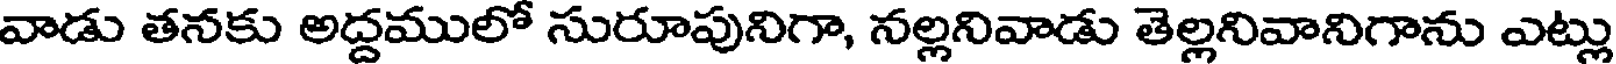
వాడు తనకు అద్దములో సురూపునిగా, నల్లనివాడు తెల్లనివానిగాను ఎట్లు